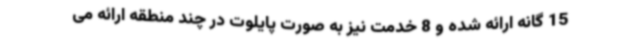
15 گانه ارائه شده و 8 خدمت نیز به صورت پایلوت در چند منطقه ارائه می